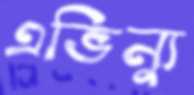
এভিন্যু